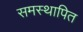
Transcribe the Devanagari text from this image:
समस्थापित